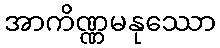
အာကိဏ္ဏမနုဿော